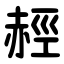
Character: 䞓